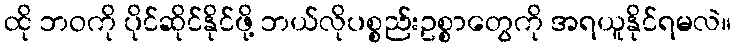
ထို ဘဝကို ပိုင်ဆိုင်နိုင်ဖို့ ဘယ်လိုပစ္စည်းဥစ္စာတွေကို အရယူနိုင်ရမလဲ။